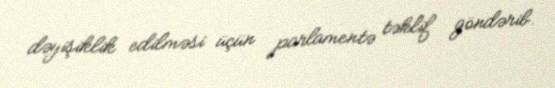
dəyişiklik edilməsi üçün parlamentə təklif göndərib.